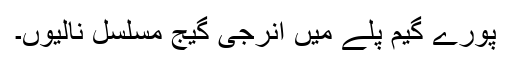
پورے گیم پلے میں انرجی گیج مسلسل نالیوں۔